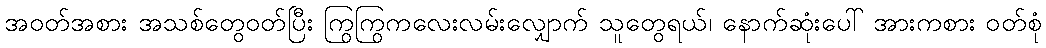
အဝတ်အစား အသစ်တွေဝတ်ပြီး ကြွကြွကလေးလမ်းလျှောက် သူတွေရယ်၊ နောက်ဆုံးပေါ် အားကစား ဝတ်စုံ